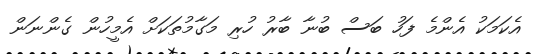
އެކަމަކު އެންމެ ފަހު ބަސް ބުނާ ބާރު ހުރި މަގާމުތަކަށް އެމީހުން ގެންނަން